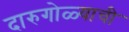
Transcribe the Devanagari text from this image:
दारुगोळ्याची